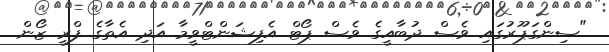
"ސިންގަޕޫރުގައި ވެސް ދުބާއީގެ ވެސް ޕޯޓް އެފިޝަންޓްވީމާ އަދި އެތާގެ ފްރީ ޒޯން